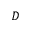
\cal D